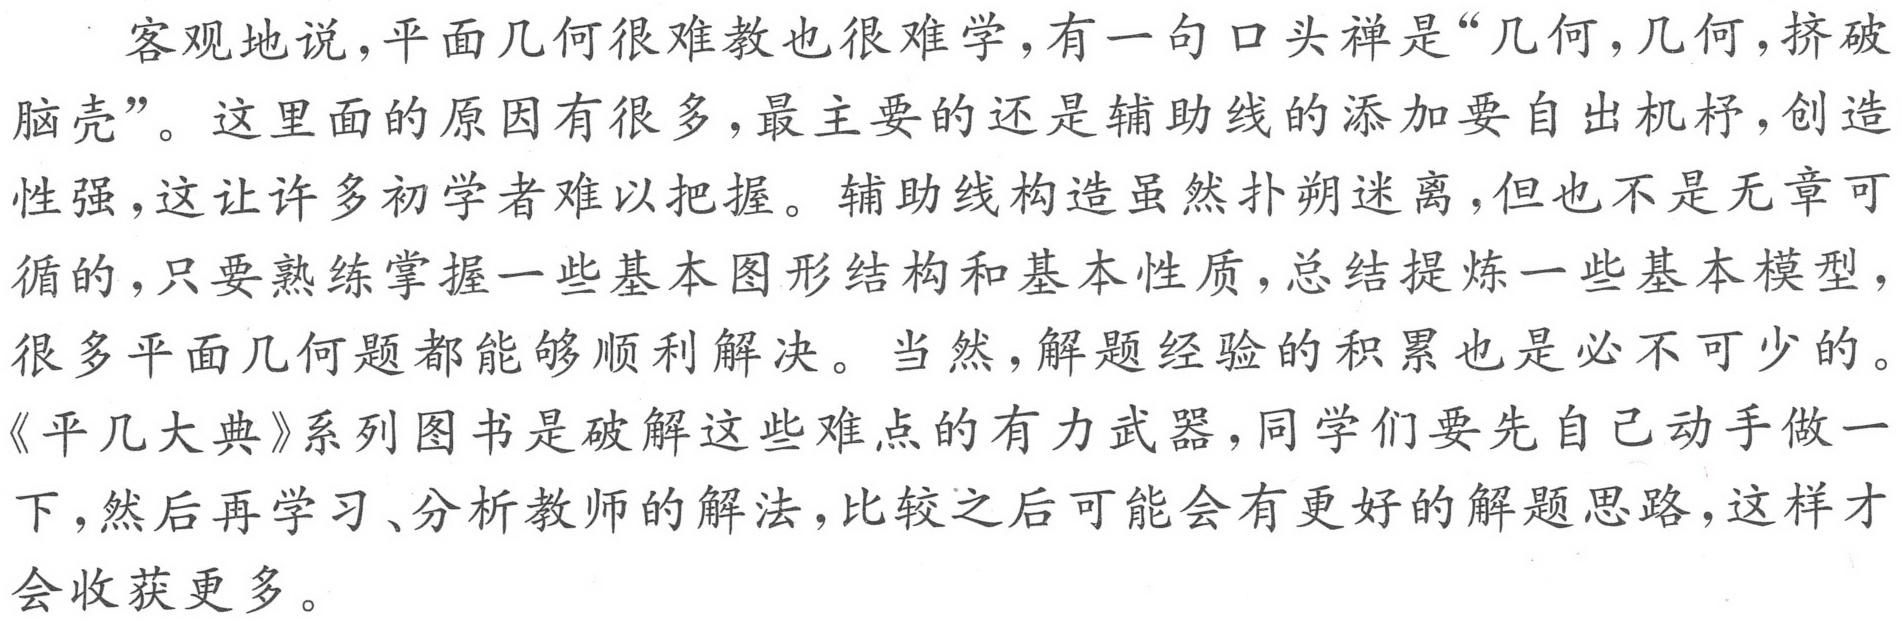
客观地说，平面几何很难教也很难学，有一句口头禅是“几何，几何，挤破
脑壳”。这里面的原因有很多，最主要的还是辅助线的添加要自出机杼，创造
性强，这让许多初学者难以把握。辅助线构造虽然扑朔迷离，但也不是无章可
循的，只要熟练掌握一些基本图形结构和基本性质，总结提炼一些基本模型，
很多平面几何题都能够顺利解决。当然，解题经验的积累也是必不可少的。
《平几大典》系列图书是破解这些难点的有力武器，同学们要先自己动手做一
下，然后再学习、分析教师的解法，比较之后可能会有更好的解题思路，这样才
会收获更多。